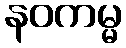
နဝကမ္မ